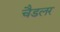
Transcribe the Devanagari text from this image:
चैडलर